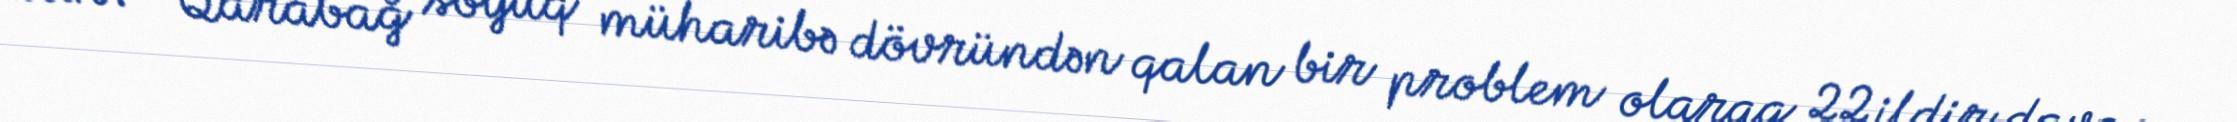
alır?- Qarabağ soyuq müharibə dövründən qalan bir problem olaraq 22 ildir davam